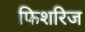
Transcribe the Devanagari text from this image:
फिशरिज